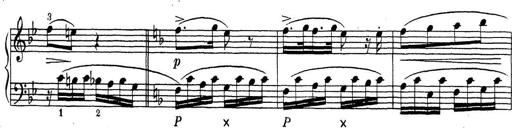
Title: ÄŒeskÃ© Sonatiny
Composer: Various